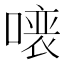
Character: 𠼁